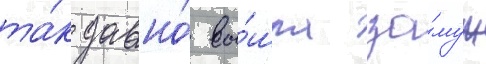
та́к давно́ вы́шла за́муж